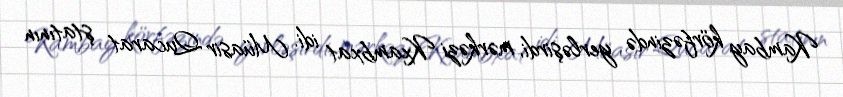
Kambay körfəzində yerləşirdi, mərkəzi Kxambxat idi. Müasir Qucarat ştatının